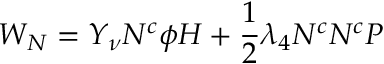
{ \cal { W } } _ { N } = Y _ { \nu } N ^ { c } \phi H + \frac { 1 } { 2 } \lambda _ { 4 } N ^ { c } N ^ { c } P